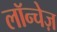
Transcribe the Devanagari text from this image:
लॉन्चेज़